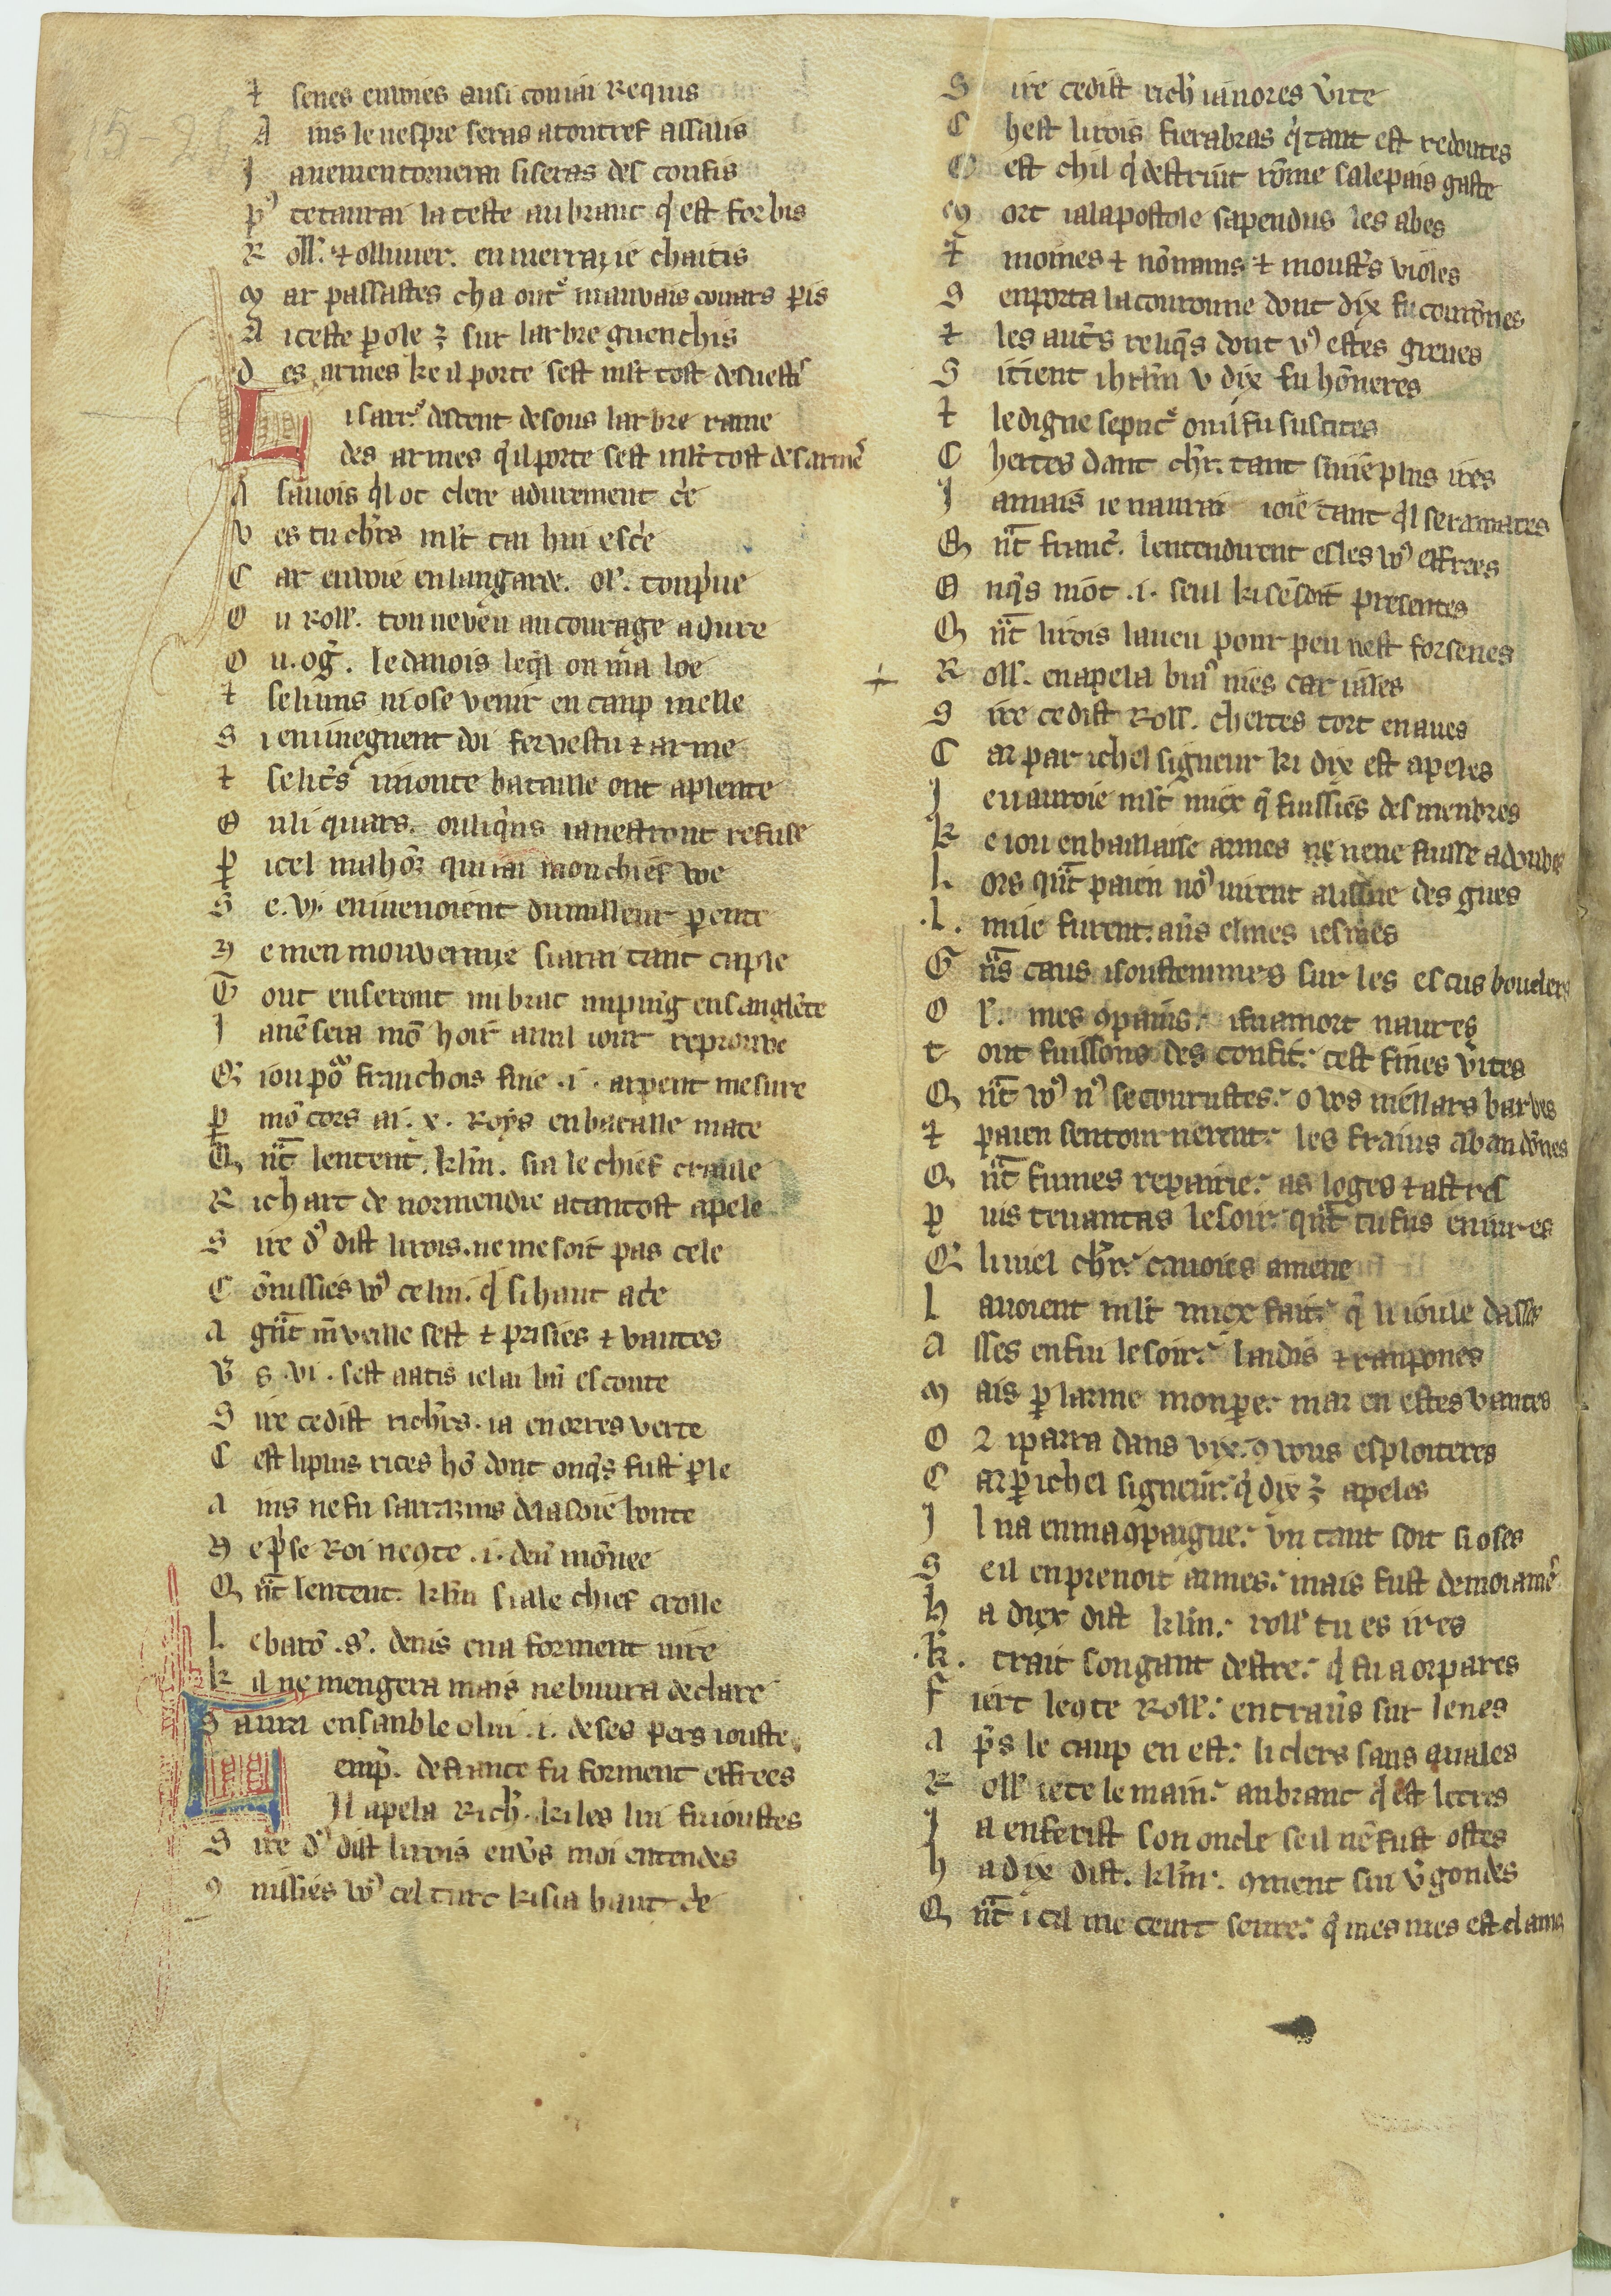
Shelfmark: Paris, BnF, fr. 12603
Century: 13